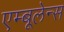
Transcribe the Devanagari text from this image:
एम्‍बूलेन्‍स